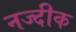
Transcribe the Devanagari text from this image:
नज्दीक